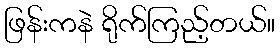
ဖြန်းကနဲ ရိုက်ကြည့်တယ်။